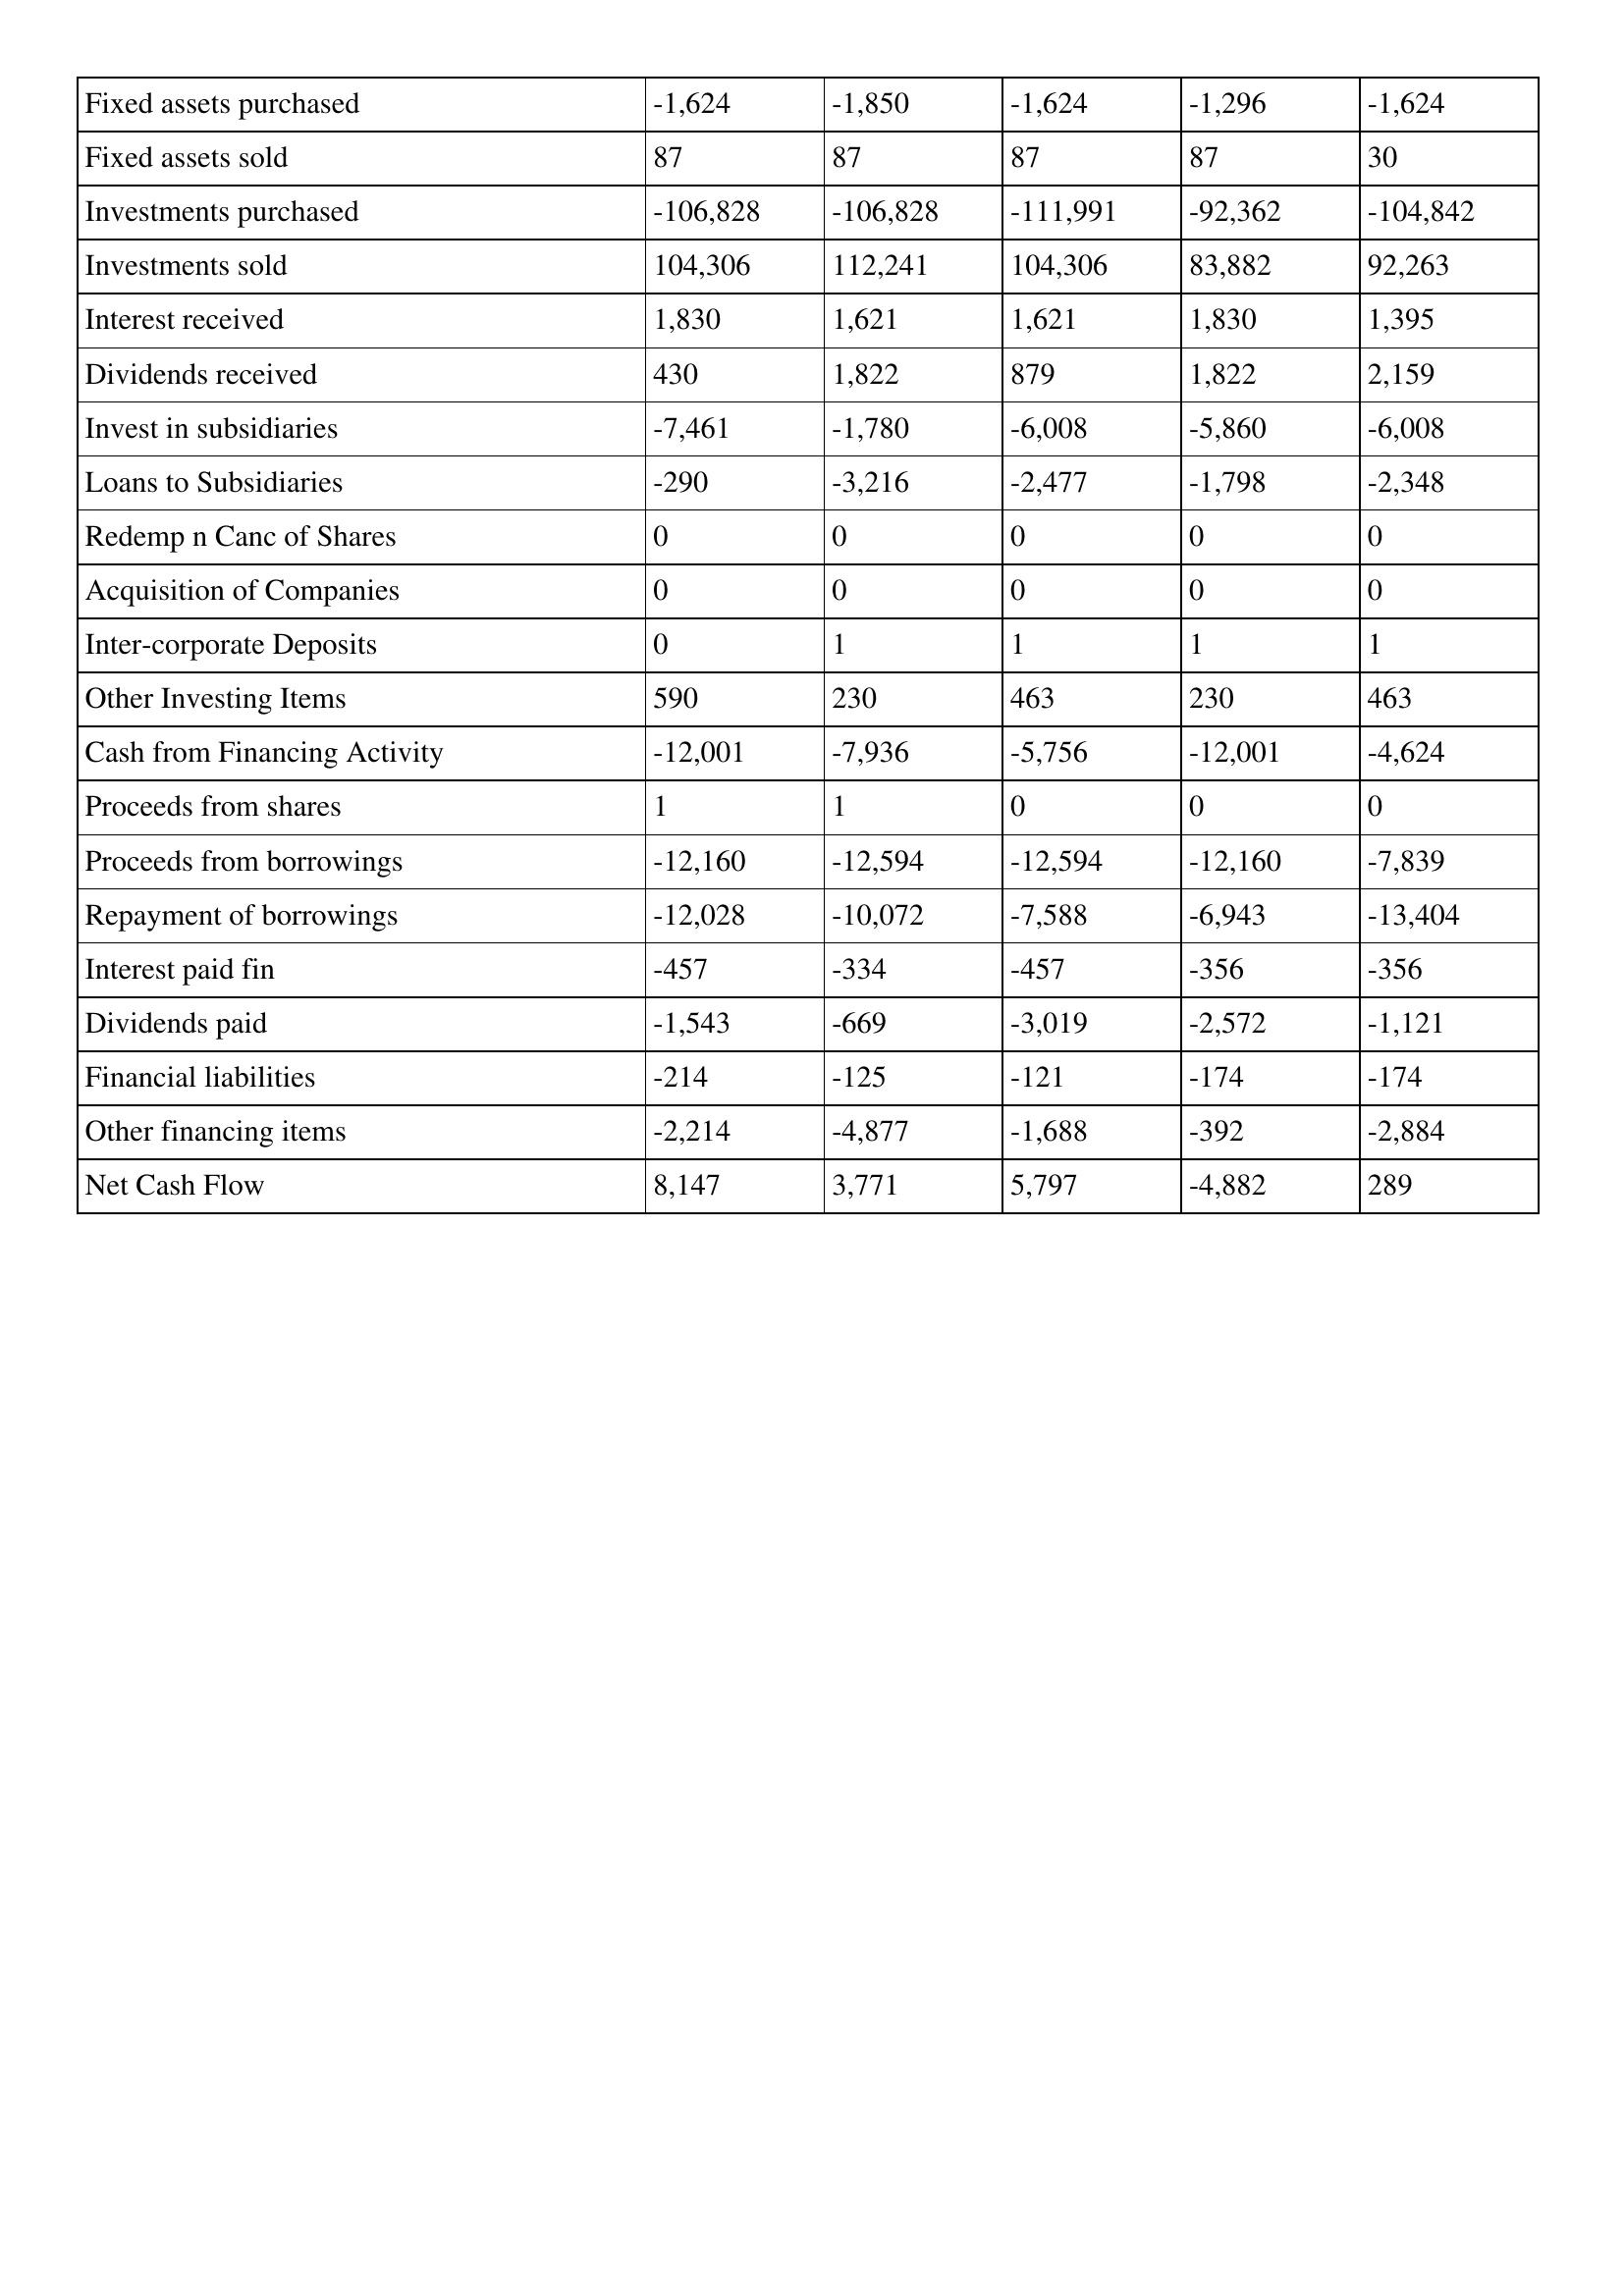
gt_parse: 2006: Cash Flows: Fixed assets purchased: -1,624
Fixed assets sold: 87
Investments purchased: -106,828
Investments sold: 104,306
Interest received: 1,830
Dividends received: 430
Invest in subsidiaries: -7,461
Loans to Subsidiaries: -290
Redemp n Canc of Shares: 0
Acquisition of Companies: 0
Inter-corporate Deposits: 0
Other Investing Items: 590
Cash from Financing Activity: -12,001
Proceeds from shares: 1
Proceeds from borrowings: -12,160
Repayment of borrowings: -12,028
Interest paid fin: -457
Dividends paid: -1,543
Financial liabilities: -214
Other financing items: -2,214
Net Cash Flow: 8,147
2005: Cash Flows: Fixed assets purchased: -1,850
Fixed assets sold: 87
Investments purchased: -106,828
Investments sold: 112,241
Interest received: 1,621
Dividends received: 1,822
Invest in subsidiaries: -1,780
Loans to Subsidiaries: -3,216
Redemp n Canc of Shares: 0
Acquisition of Companies: 0
Inter-corporate Deposits: 1
Other Investing Items: 230
Cash from Financing Activity: -7,936
Proceeds from shares: 1
Proceeds from borrowings: -12,594
Repayment of borrowings: -10,072
Interest paid fin: -334
Dividends paid: -669
Financial liabilities: -125
Other financing items: -4,877
Net Cash Flow: 3,771
2004: Cash Flows: Fixed assets purchased: -1,624
Fixed assets sold: 87
Investments purchased: -111,991
Investments sold: 104,306
Interest received: 1,621
Dividends received: 879
Invest in subsidiaries: -6,008
Loans to Subsidiaries: -2,477
Redemp n Canc of Shares: 0
Acquisition of Companies: 0
Inter-corporate Deposits: 1
Other Investing Items: 463
Cash from Financing Activity: -5,756
Proceeds from shares: 0
Proceeds from borrowings: -12,594
Repayment of borrowings: -7,588
Interest paid fin: -457
Dividends paid: -3,019
Financial liabilities: -121
Other financing items: -1,688
Net Cash Flow: 5,797
2003: Cash Flows: Fixed assets purchased: -1,296
Fixed assets sold: 87
Investments purchased: -92,362
Investments sold: 83,882
Interest received: 1,830
Dividends received: 1,822
Invest in subsidiaries: -5,860
Loans to Subsidiaries: -1,798
Redemp n Canc of Shares: 0
Acquisition of Companies: 0
Inter-corporate Deposits: 1
Other Investing Items: 230
Cash from Financing Activity: -12,001
Proceeds from shares: 0
Proceeds from borrowings: -12,160
Repayment of borrowings: -6,943
Interest paid fin: -356
Dividends paid: -2,572
Financial liabilities: -174
Other financing items: -392
Net Cash Flow: -4,882
2002: Cash Flows: Fixed assets purchased: -1,624
Fixed assets sold: 30
Investments purchased: -104,842
Investments sold: 92,263
Interest received: 1,395
Dividends received: 2,159
Invest in subsidiaries: -6,008
Loans to Subsidiaries: -2,348
Redemp n Canc of Shares: 0
Acquisition of Companies: 0
Inter-corporate Deposits: 1
Other Investing Items: 463
Cash from Financing Activity: -4,624
Proceeds from shares: 0
Proceeds from borrowings: -7,839
Repayment of borrowings: -13,404
Interest paid fin: -356
Dividends paid: -1,121
Financial liabilities: -174
Other financing items: -2,884
Net Cash Flow: 289